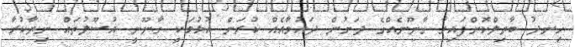
ހިނދު ބާތިލްކޮށްފައިވާ ގާނޫނެއްގެ ދަށުން ދައުވާއެއް ކުރަން އުޅުމަކީ ގާނޫނީ އުސޫލުތައް ނިޔާކުރާ